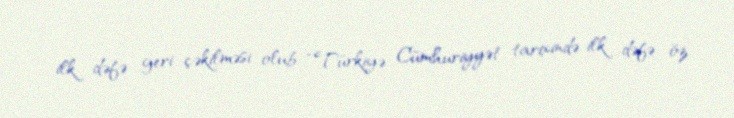
ilk dəfə geri çəkilməsi olub: “Türkiyə Cümhuriyyət tarixində ilk dəfə öz